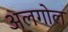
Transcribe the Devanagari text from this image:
अलगोल